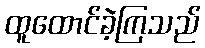
ထူထောင်ခဲ့ကြသည်